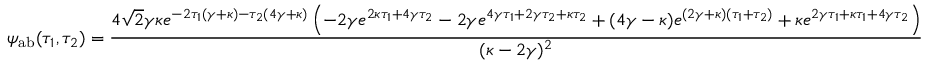
\psi _ { \mathrm { a b } } ( \tau _ { 1 } , \tau _ { 2 } ) = \frac { 4 \sqrt { 2 } \gamma \kappa e ^ { - 2 \tau _ { 1 } ( \gamma + \kappa ) - \tau _ { 2 } ( 4 \gamma + \kappa ) } \left( - 2 \gamma e ^ { 2 \kappa \tau _ { 1 } + 4 \gamma \tau _ { 2 } } - 2 \gamma e ^ { 4 \gamma \tau _ { 1 } + 2 \gamma \tau _ { 2 } + \kappa \tau _ { 2 } } + ( 4 \gamma - \kappa ) e ^ { ( 2 \gamma + \kappa ) ( \tau _ { 1 } + \tau _ { 2 } ) } + \kappa e ^ { 2 \gamma \tau _ { 1 } + \kappa \tau _ { 1 } + 4 \gamma \tau _ { 2 } } \right) } { ( \kappa - 2 \gamma ) ^ { 2 } }